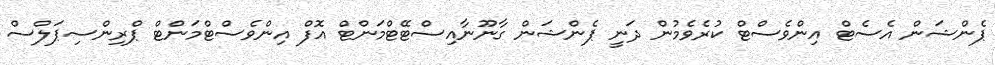
ޕެންޝަން އެސެޓް އިންވެސްޓް ކުރެވެމުން ދަނީ ޕެންޝަން ގާނޫނާއިސްޓޭޓްމަންޓް އޮފް އިންވެސްޓްމަންޓް ޕްރިންސިޕަލްސް